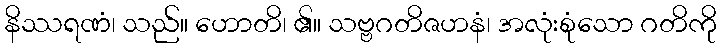
နိဿရဏံ၊ သည်။ ဟောတိ၊ ၏။ သဗ္ဗဂတိဇဟနံ၊ အလုံးစုံသော ဂတိကို